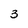
Character: 3